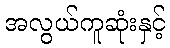
အလွယ်ကူဆုံးနှင့်